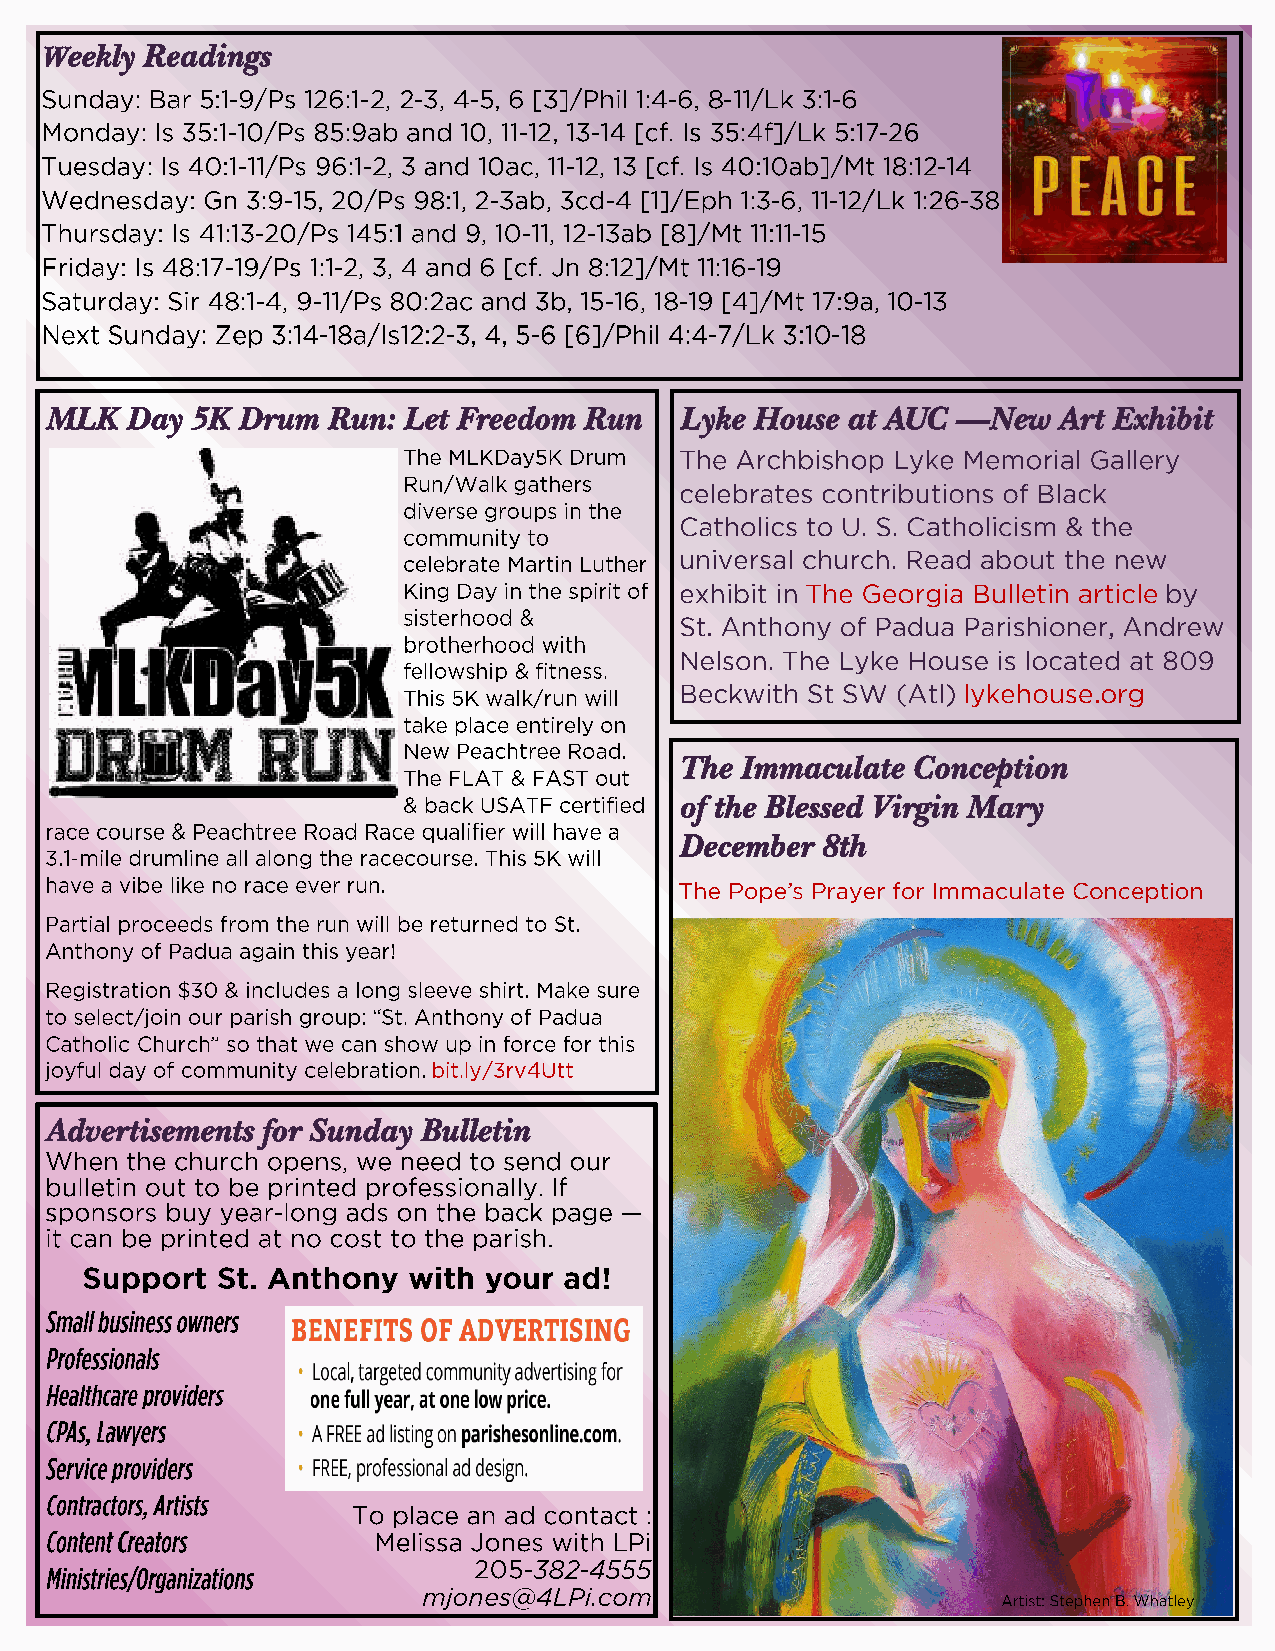
Weekly Readings
 MLK  Day  5K Drum  Run: Let Freedom Run   Lyke House at AUC —New   Art Exhibit
 The Immaculate Conception
 of the Blessed Virgin Mary
 December 8th
 Advertisements for Sunday Bulletin